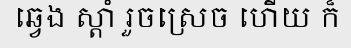
ឆ្វេង ស្តាំ រួចស្រេច ហើយ ក៏